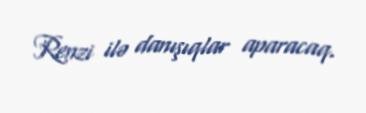
Renzi ilə danışıqlar aparacaq.